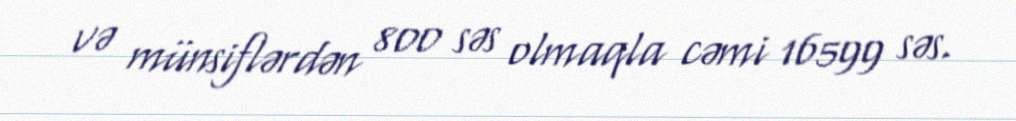
və münsiflərdən 800 səs olmaqla cəmi 16599 səs.